Lunatic asylums Central Provinces reports 1874-1885 - 1874-1885
Year: 1874
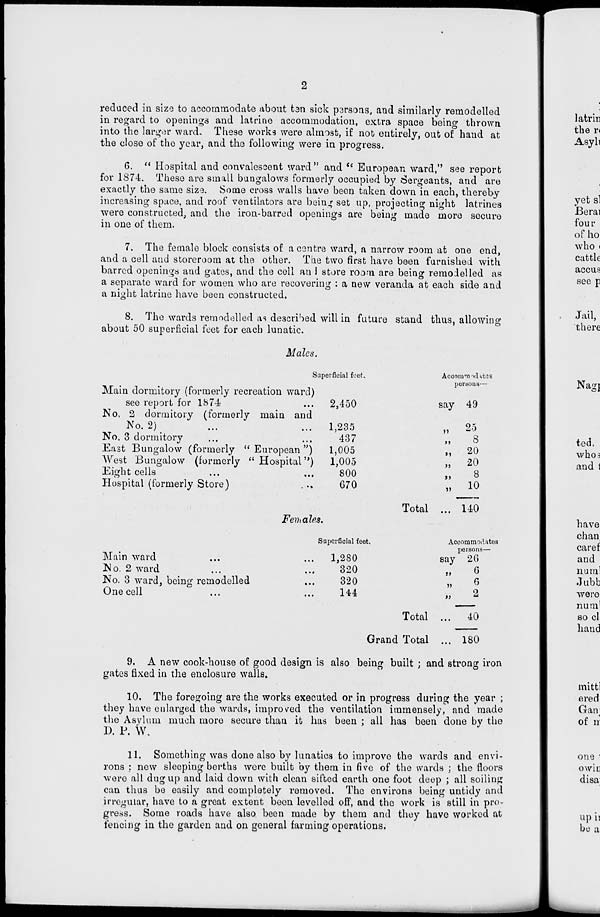
2
reduced in size to accommodate about ten sick persons, and similarly remodelled
in regard to openings and latrine accommodation, extra space being thrown
into the larger ward. These works were almost, if not entirely, out of hand at
the close of the year, and the following were in progress.
6. " Hospital and convalescent ward" and "European ward," see report
for 1874. These are small bungalows formerly occupied by Sergeants, and are
exactly the same size. Some cross walls have been taken down in each, thereby
increasing space, and roof ventilators are being set up, projecting night latrines
were constructed, and the iron-barred openings are being made more secure
in one of them.
7. The female block consists of a centre ward, a narrow room at one end,
and a cell and storeroom at the other. The two first have been furnished with
barred openings and gates, and the cell an I store room are being remodelled as
a separate ward for women who are recovering : a new veranda at each side and
a night latrine have been constructed.
8. The wards remodelled as described will in future stand thus, allowing
about 50 superficial feet for each lunatic.
Males.
Main dormitory (formerly recreation ward)
see report for 1874 ...
No. 2 dormitory (formerly main and
No. 2)
...
...
No. 3 dormitory ... ...
East Bungalow (formerly " European ")
West Bungalow (formerly " Hospital")
Eight cells ... ...
Hospital (formerly Store) ...
Superficial feet.
2,450
1,235
437
1,005
1,005
800
670
Total
Accommodates
persons—
say 49
„
25
„
8
„
20
„
20
„ 8
„
10
140
Females.
Main ward ... ...
No. 2 ward ... ...
No. 3 ward, being remodelled ...
One cell ... ...
Superficial feet.
1,280
320
320
144
Total ...
Grand Total ...
Accommodates
persons—
say 26
„
6
„
6
„
2
40
180
9. A new cook-house of good design is also being built ; and strong iron
gates fixed in the enclosure walls.
10. The foregoing are the works executed or in progress during the year ;
they have enlarged the wards, improved the ventilation immensely, and made
the Asylum much more secure than it has been ; all has been done by the
D. P. W.
11. Something was done also by lunatics to improve the wards and envi-
rons ; new sleeping berths were built by them in five of the wards ; the floors
were all dug up and laid down with clean sifted earth one foot deep ; all soiling
can thus be easily and completely removed. The environs being untidy and
irregular, have to a great extent been levelled off, and the work is still in pro-
gress. Some roads have also been made by them and they have worked at
fencing in the garden and on general farming operations.